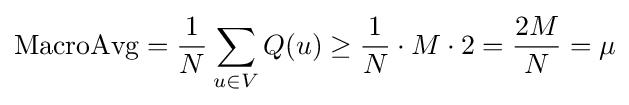
{\text{MacroAvg}}={\frac {1}{N}}\sum _{u\in V}Q(u)\geq {\frac {1}{N}}\cdot M\cdot 2={\frac {2M}{N}}=\mu